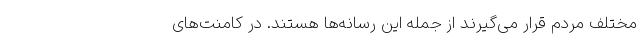
مختلف مردم قرار می‌گیرند از جمله این رسانه‌ها هستند. در کامنت‌های